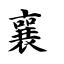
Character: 襄